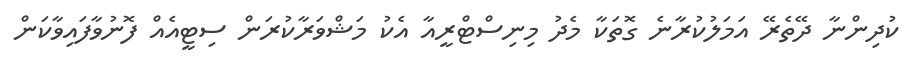
ކުދިންނާ ދޭތެރޭ އަމަލުކުރާނެ ގޮތަކާ މެދު މިނިސްޓްރީއާ އެކު މަޝްވަރާކުރަން ސިޓީއެއް ފޮނުވާފައިވާކަން